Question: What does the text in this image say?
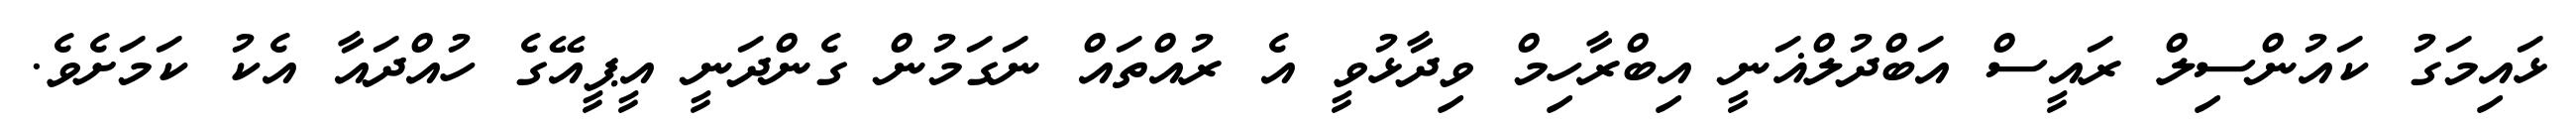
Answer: ޅައިމަގު ކައުންސިލް ރައީސް އަބްދުލްޣަނީ އިބްރާހިމް ވިދާޅުވީ އެ ރުއްތައް ނަގަމުން ގެންދަނީ އީޕީއޭގެ ހުއްދައާ އެކު ކަމަށެވެ.